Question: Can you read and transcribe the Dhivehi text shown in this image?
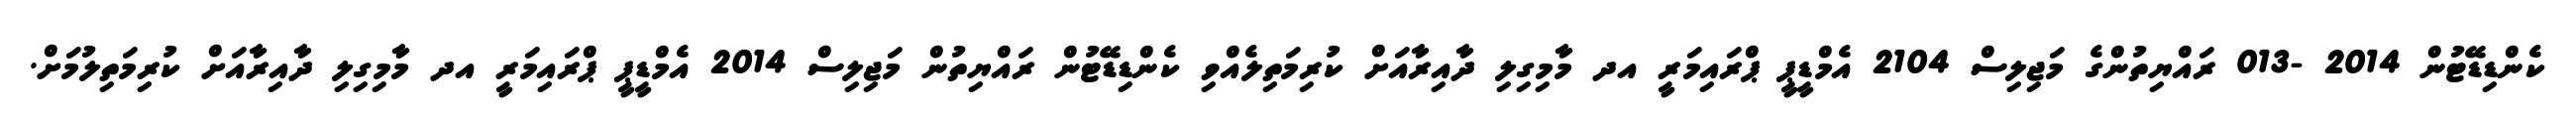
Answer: ކެންޑިޑޭޓުން 2014 -013 ރައްޔިތުންގެ މަޖިލިސް 2104 އެމްޑީޕީ ޕްރައިމަރީ އދ މާމިގިލި ދާއިރާއަށް ކުރިމަތިލެއްވި ކެންޑިޑޭޓުން ރައްޔިތުން މަޖިލިސް 2014 އެމްޑީޕީ ޕްރައިމަރީ އދ މާމިގިލި ދާއިރާއަށް ކުރިމަތިލުމަށް.